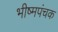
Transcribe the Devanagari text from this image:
भीष्मपंचक